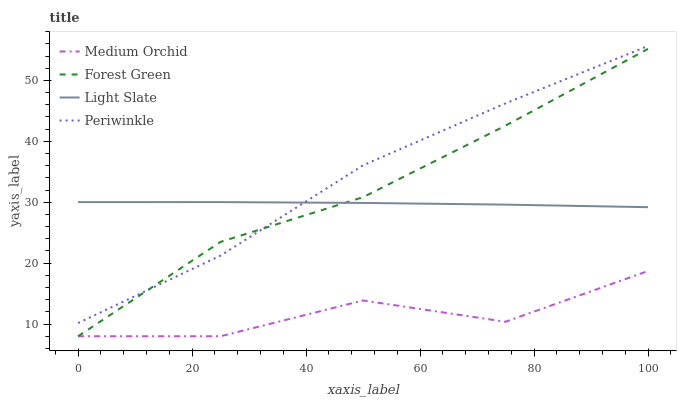
| xaxis_label | Medium Orchid | Forest Green | Light Slate | Periwinkle |
 | --- | --- | --- | --- | --- |
 | 0 | 8 | 8 | 30 | 10.2 |
 | 25 | 8 | 23.5 | 30 | 21.2 |
 | 50 | 13.9 | 30.8 | 29.9 | 36.1 |
 | 75 | 10.4 | 42.6 | 29.6 | 46.2 |
 | 100 | 18.7 | 55.2 | 29.2 | 55.6 |